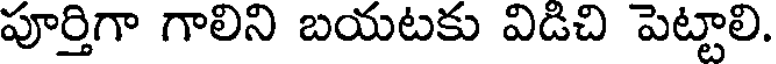
పూర్తిగా గాలిని బయటకు విడిచి పెట్టాలి.